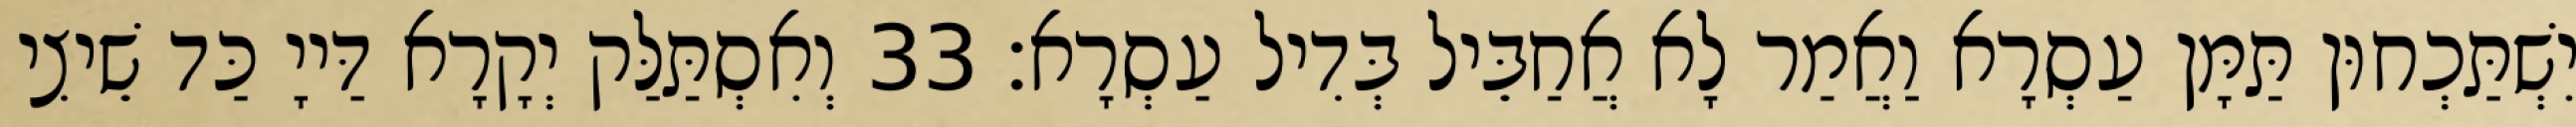
יִשְׁתַּכְחוּן תַּמָּן עַסְרָא וַאֲמַר לָא אֲחַבֵּיל בְּדִיל עַסְרָא׃ 33 וְאִסְתַּלַּק יְקָרָא דַּייָ כַּד שֵׁיצִי